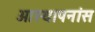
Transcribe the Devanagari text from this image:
आस्थापनांस